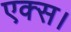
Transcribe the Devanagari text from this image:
एक्स।